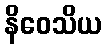
နိဝေသိယ